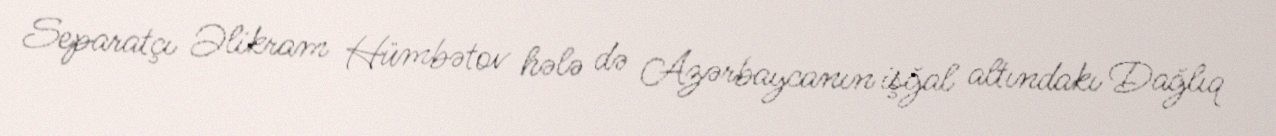
Separatçı Əlikram Hümbətov hələ də Azərbaycanın işğal altındakı Dağlıq